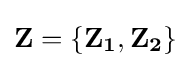
\mathbf {Z} =\{\mathbf {Z_{1}} ,\mathbf {Z_{2}} \}